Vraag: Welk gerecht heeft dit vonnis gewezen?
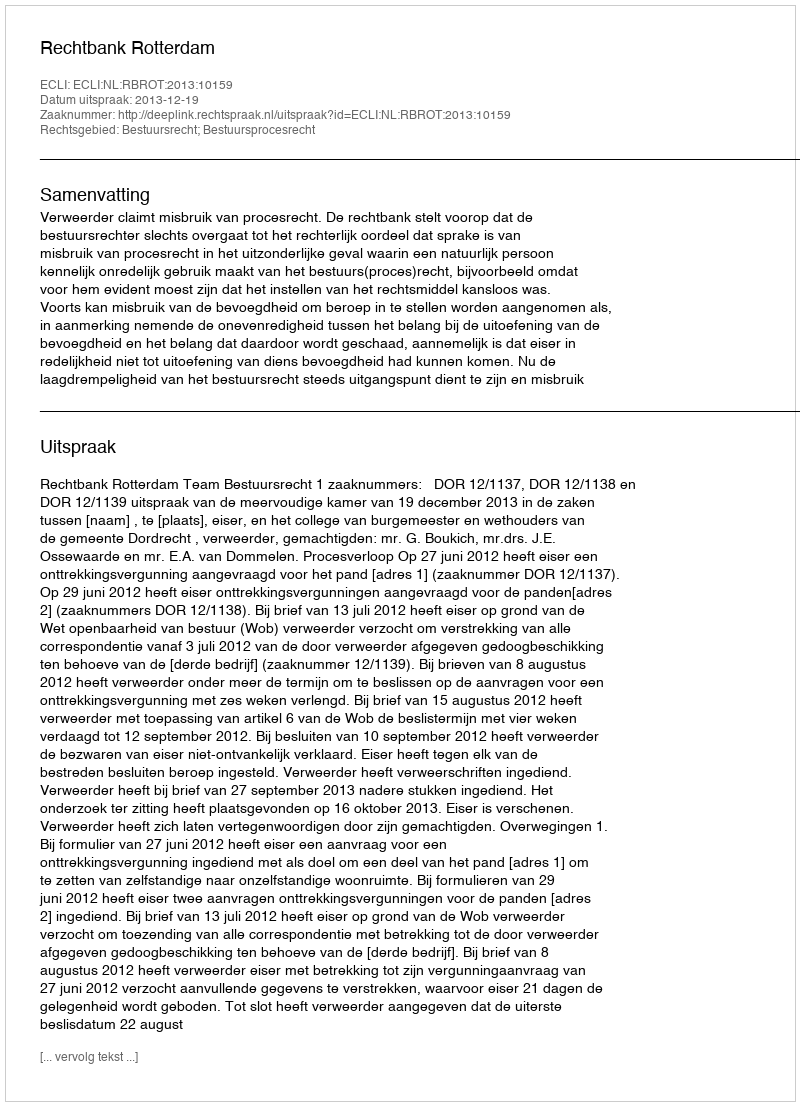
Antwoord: Rechtbank Rotterdam